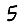
Digit: 5